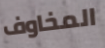
المخاوف